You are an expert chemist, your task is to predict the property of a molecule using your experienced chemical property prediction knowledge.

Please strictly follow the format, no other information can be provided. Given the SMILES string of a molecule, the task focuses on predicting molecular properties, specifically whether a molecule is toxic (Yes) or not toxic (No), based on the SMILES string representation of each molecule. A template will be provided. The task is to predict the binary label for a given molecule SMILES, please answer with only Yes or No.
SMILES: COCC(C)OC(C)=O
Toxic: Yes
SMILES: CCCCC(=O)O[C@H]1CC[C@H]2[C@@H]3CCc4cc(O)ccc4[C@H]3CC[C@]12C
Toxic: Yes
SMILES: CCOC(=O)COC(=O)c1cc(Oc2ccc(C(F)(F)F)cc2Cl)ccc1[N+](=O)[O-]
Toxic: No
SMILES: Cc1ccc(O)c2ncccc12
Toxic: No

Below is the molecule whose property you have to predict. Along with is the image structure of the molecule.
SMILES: CC(C)COC(=O)C=Cc1ccccc1
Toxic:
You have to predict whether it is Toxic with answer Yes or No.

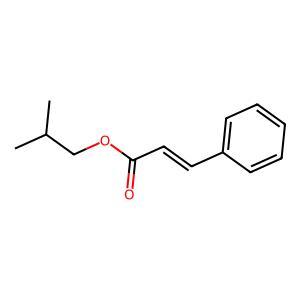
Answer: No